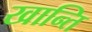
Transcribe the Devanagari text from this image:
खान्ति